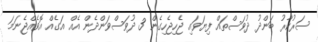
ސަރުކާރު ބަންދު ދުވަސްތައް ފިޔަވައި ޖެހިޖެހިގެން 3 ދުވަސްވަންދެން އެއް އަގެއް އޮވެއްޖެނަމަ